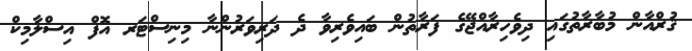
ޤުރްއާން މުބާރާތުގައި ދިވެހިރާއްޖޭގެ ފަރާތުން ބައިވެރިވާ ދެ ދަރިވަރުންނާ މިނިސްޓަރ އޮފް އިސްލާމިކް